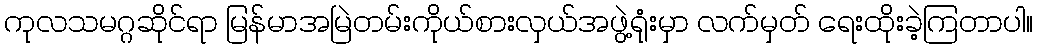
ကုလသမဂ္ဂဆိုင်ရာ မြန်မာအမြဲတမ်းကိုယ်စားလှယ်အဖွဲ့ရုံးမှာ လက်မှတ် ရေးထိုးခဲ့ကြတာပါ။